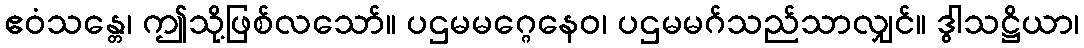
ဧဝံသန္တေ၊ ဤသို့ဖြစ်လသော်။ ပဌမမဂ္ဂေနေဝ၊ ပဌမမဂ်သည်သာလျှင်။ ဒွါသဋ္ဌိယာ၊